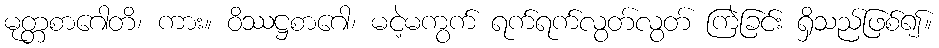
မုတ္တစာဂေါတိ၊ ကား။ ဝိဿဋ္ဌစာဂေါ၊ မငဲ့မကွက် ရက်ရက်လွတ်လွတ် ကြဲခြင်း ရှိသည်ဖြစ်၍။